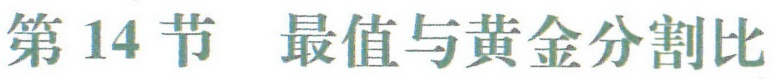
第14节 最值与黄金分割比